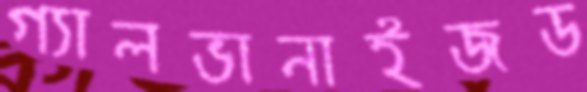
গ্যালভানাইজড